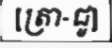
[ត្រា-ជូ]